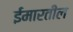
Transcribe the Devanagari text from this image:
ईमारतील